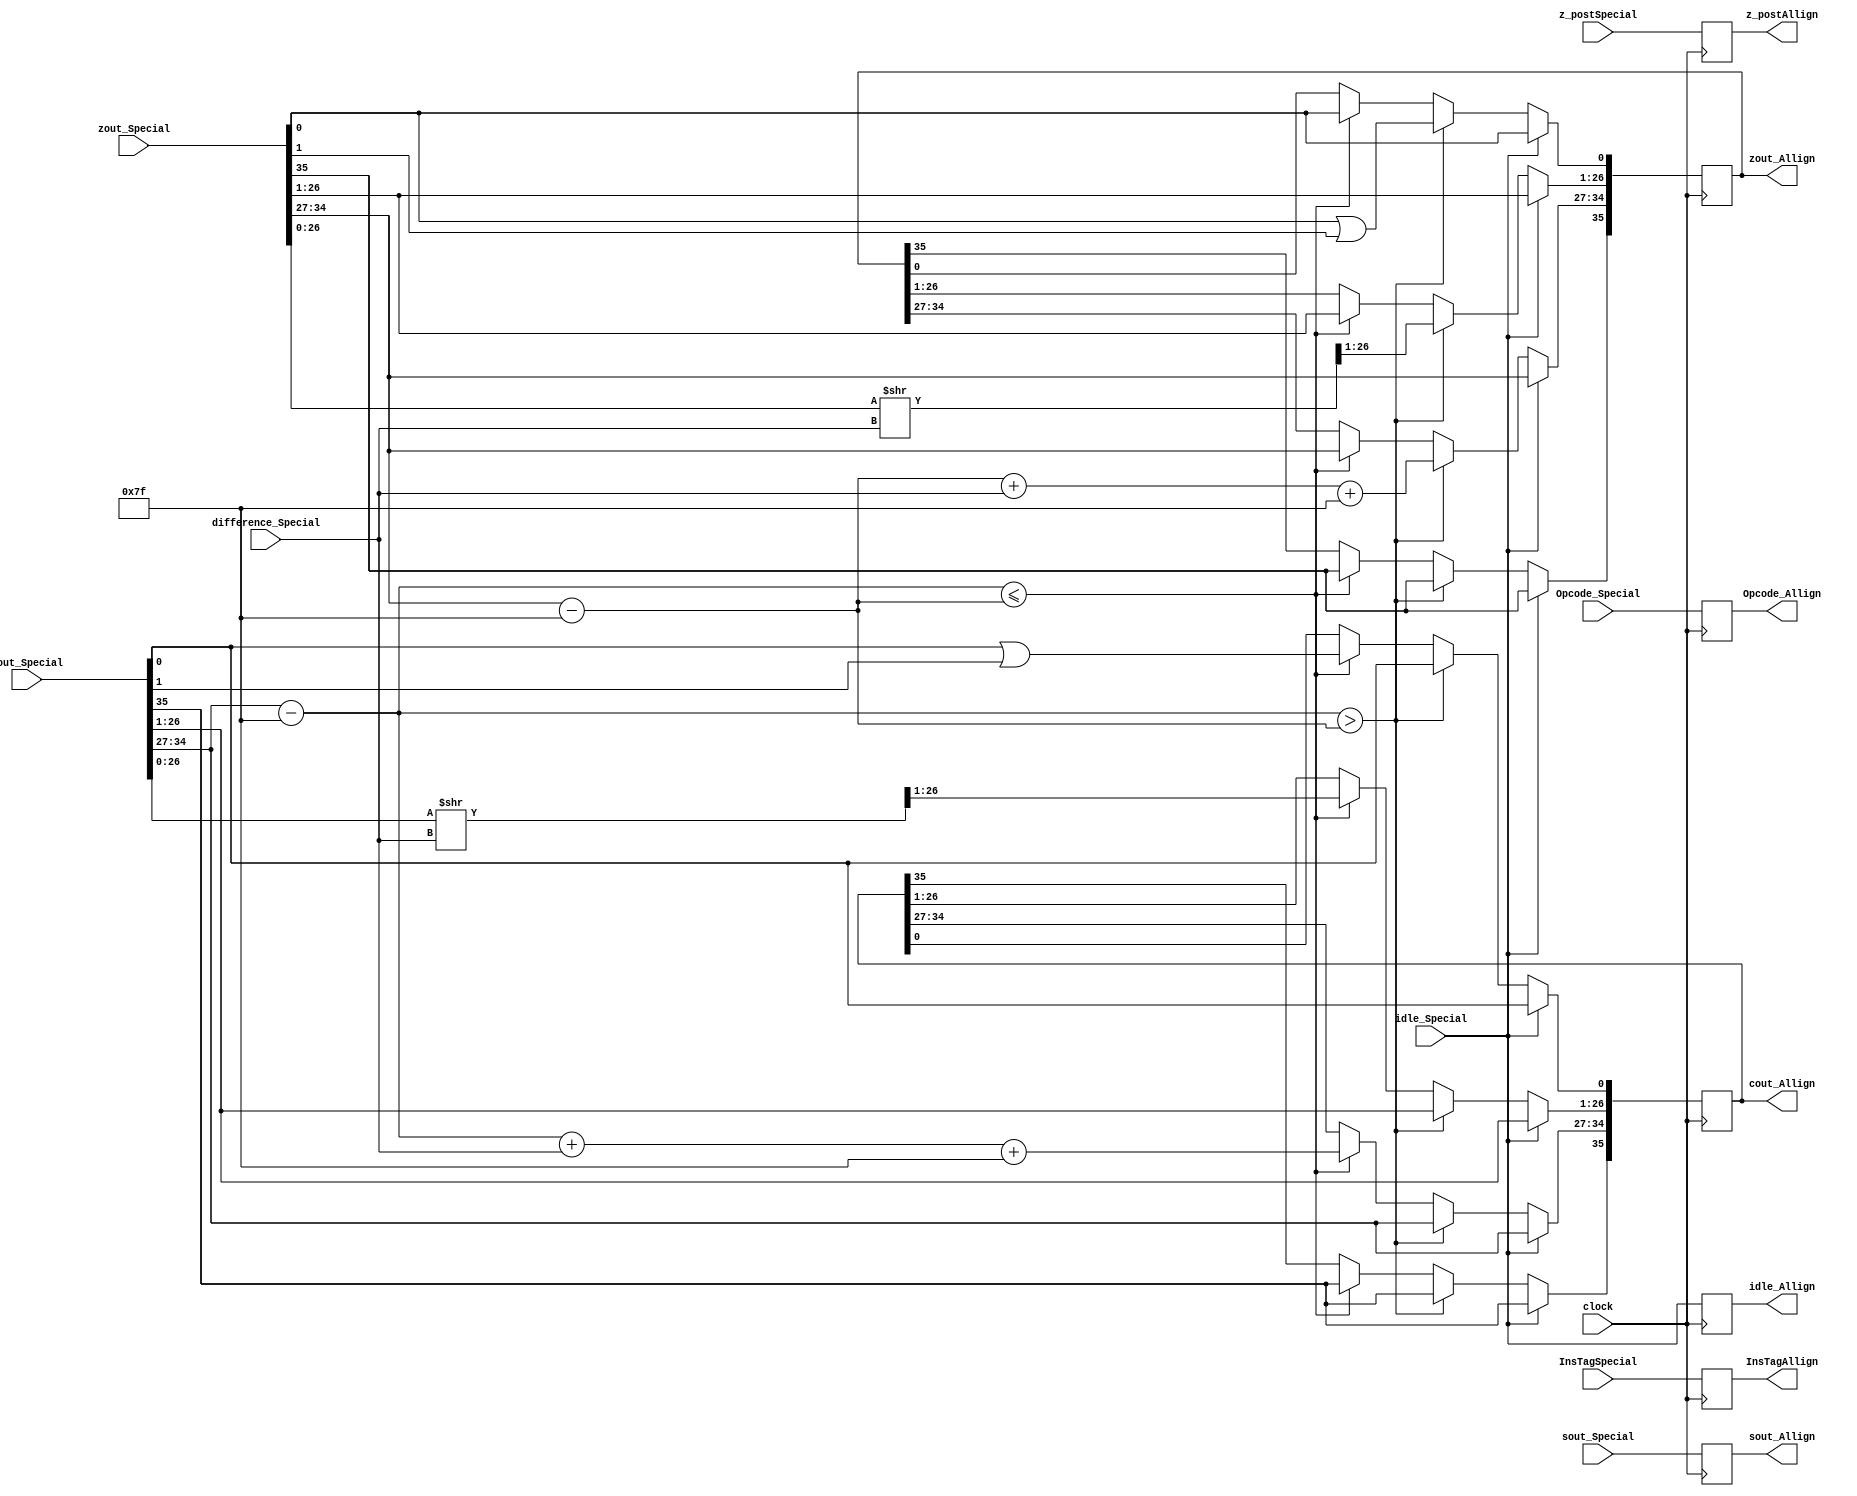
module AllignAdderProcess(
	input [31:0] z_postSpecial,
	input [3:0] Opcode_Special,
	input idle_Special,
	input [35:0] cout_Special,
	input [35:0] zout_Special,
	input [31:0] sout_Special,
	input [7:0] difference_Special,
	input [7:0] InsTagSpecial,
	input clock,
	output reg idle_Allign,
	output reg [35:0] cout_Allign,
	output reg [35:0] zout_Allign,
	output reg [31:0] sout_Allign,
	output reg [3:0] Opcode_Allign,
	output reg [31:0] z_postAllign,
	output reg [7:0] InsTagAllign
   );

parameter no_idle = 1'b0,
			 put_idle = 1'b1;

wire z_sign;
wire [7:0] z_exponent;
wire [26:0] z_mantissa;

wire c_sign;
wire [7:0] c_exponent;
wire [26:0] c_mantissa;

assign z_sign = zout_Special[35];
assign z_exponent = zout_Special[34:27] - 127;
assign z_mantissa = {zout_Special[26:0]};

assign c_sign = cout_Special[35];
assign c_exponent = cout_Special[34:27] - 127;
assign c_mantissa = {cout_Special[26:0]};

parameter sin_cos		= 4'd0,
			 sinh_cosh	= 4'd1,
			 arctan		= 4'd2,
			 arctanh		= 4'd3,
			 exp			= 4'd4,
			 sqr_root   = 4'd5,			// Pre processed input is given 4'd11
												// This requires pre processing. x = (a+1)/2 and y = (a-1)/2
			 division	= 4'd6,
			 tan			= 4'd7,			// This is iterative. sin_cos followed by division.
			 tanh			= 4'd8,			// This is iterative. sinh_cosh followed by division.
			 nat_log		= 4'd9,			// This requires pre processing. x = (a+1) and y = (a-1)
			 hypotenuse = 4'd10,
			 PreProcess = 4'd11;


always @ (posedge clock)
begin
	
	InsTagAllign <= InsTagSpecial;
	Opcode_Allign <= Opcode_Special;
	z_postAllign <= z_postSpecial;
		
	//if(Opcode_Special == PreProcess) begin
	
	idle_Allign <= idle_Special;
	sout_Allign <= sout_Special;
	
	if (idle_Special != put_idle) begin
		if ($signed(c_exponent) > $signed(z_exponent)) begin
			zout_Allign[35] <= zout_Special[35];
			zout_Allign[34:27] <= z_exponent + difference_Special + 127;
			zout_Allign[26:0] <= z_mantissa >> difference_Special;
			zout_Allign[0] <= z_mantissa[0] | z_mantissa[1];
			cout_Allign <= cout_Special;
		end else if ($signed(c_exponent) <= $signed(z_exponent)) begin
			cout_Allign[35] <= cout_Special[35];
			cout_Allign[34:27] <= c_exponent + difference_Special + 127;
			cout_Allign[26:0] <= c_mantissa >> difference_Special;
			cout_Allign[0] <= c_mantissa[0] | c_mantissa[1];
			zout_Allign <= zout_Special;
		 end		
	end
	
	else begin
		zout_Allign <= zout_Special;
		cout_Allign <= cout_Special;
	end
	//end
	
end

endmodule